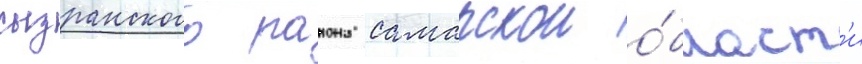
сызранского раиона самарскои о́бласт'и